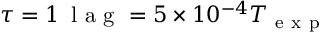
\tau = 1 \, \mathrm { ~ l ~ a ~ g ~ } = 5 \times 1 0 ^ { - 4 } T _ { \mathrm { ~ e ~ x ~ p ~ } }